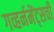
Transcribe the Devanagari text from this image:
गव्हर्नमेंट्सची